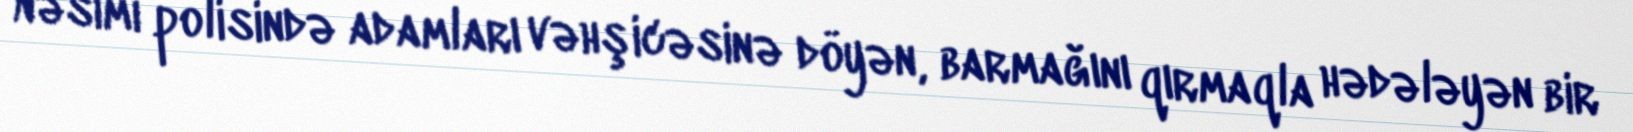
Nəsimi polisində adamları vəhşicəsinə döyən, barmağını qırmaqla hədələyən bir